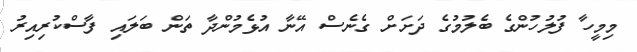
މިމީހާ ފުލުހުންގެ ބެލުމުގެ ދަށަށް ގެނެސް އޭނާ އުޅެމުންދާ ތަން ބަލައި ފާސްކުރިއިރު